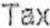
TAX